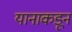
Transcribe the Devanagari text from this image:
यानाकडून